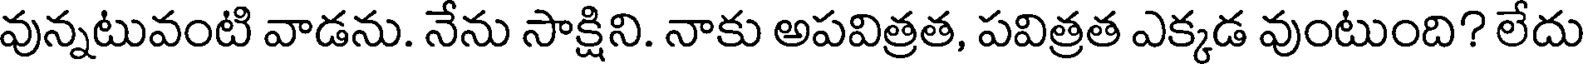
వున్నటువంటి వాడను. నేను సాక్షిని. నాకు అపవిత్రత, పవిత్రత ఎక్కడ వుంటుంది? లేదు